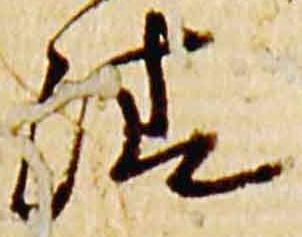
清